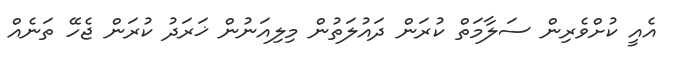
އެއީ ކުށްވެރިން ސަލާމަތް ކުރަން ދައުލަތުން މިލިއަނުން ޚަރަދު ކުރަން ޖެހޭ ތަނެއް